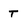
Character: t